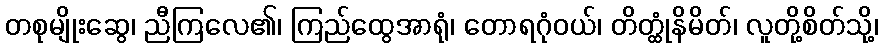
တစုမျိုးဆွေ၊ ညီကြလေ၏၊ ကြည်ထွေအာရုံ၊ တောရဂုံဝယ်၊ တိတ္ထုံနိမိတ်၊ လူတို့စိတ်သို့၊